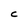
Character: c